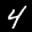
Label: 4